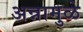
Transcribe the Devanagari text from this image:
अन्नामुळे